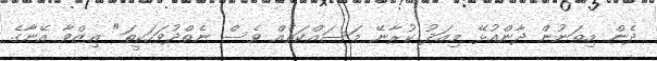
ދެން މިތަނުން ދާންއުޅޭ މިއަދު ކުރާނޭ މަސައްކަތެއް ވެސް ނެތްދުވަހަކީތަ" ޢިޒްވާ އޭނާގެ